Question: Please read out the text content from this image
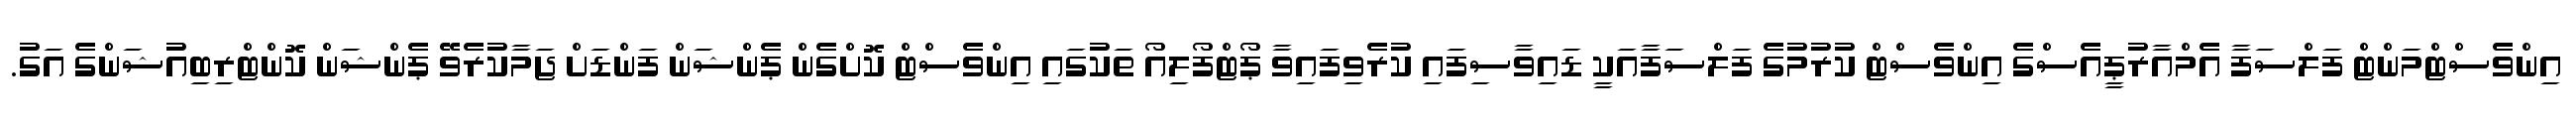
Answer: އިންވެސްޓްމަންޓް ފަލްސަފާ އެމްއާރުޕީއެސްގެ އިންވެސްޓް ކުރުމުގެ ފަލްސަފާއަކީ ޑައިވާސިފައި ކުރެވިފައިވާ ޕޯޓްފޯލިއޯ ތަކުގައި އިންވެސްޓް ކޮށްގެން ޕެންޝަން ފަންޑަށް ޖަމާކުރެވޭ ޕެންޝަން ކޮންޓްރިބިއުޝަންގެ އަގު.